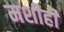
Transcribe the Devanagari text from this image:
मशीही